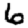
Digit: 6